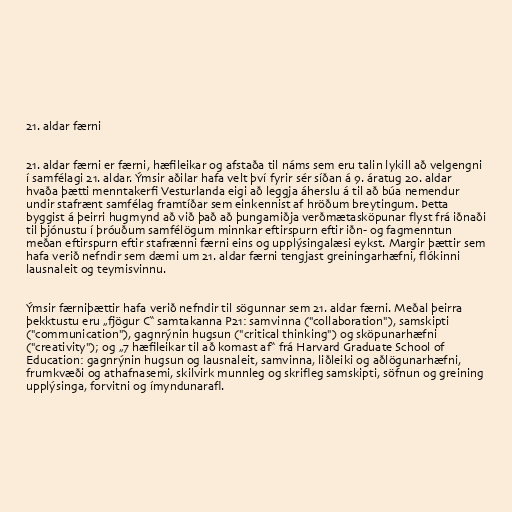
21. aldar færni

21. aldar færni er færni, hæfileikar og afstaða til náms sem eru talin lykill að velgengni
í samfélagi 21. aldar. Ýmsir aðilar hafa velt því fyrir sér síðan á 9. áratug 20. aldar
hvaða þætti menntakerfi Vesturlanda eigi að leggja áherslu á til að búa nemendur
undir stafrænt samfélag framtíðar sem einkennist af hröðum breytingum. Þetta
byggist á þeirri hugmynd að við það að þungamiðja verðmætasköpunar flyst frá iðnaði
til þjónustu í þróuðum samfélögum minnkar eftirspurn eftir iðn- og fagmenntun
meðan eftirspurn eftir stafrænni færni eins og upplýsingalæsi eykst. Margir þættir sem
hafa verið nefndir sem dæmi um 21. aldar færni tengjast greiningarhæfni, flókinni
lausnaleit og teymisvinnu.

Ýmsir færniþættir hafa verið nefndir til sögunnar sem 21. aldar færni. Meðal þeirra
þekktustu eru „fjögur C“ samtakanna P21: samvinna ("collaboration"), samskipti
("communication"), gagnrýnin hugsun ("critical thinking") og sköpunarhæfni
("creativity"); og „7 hæfileikar til að komast af“ frá Harvard Graduate School of
Education: gagnrýnin hugsun og lausnaleit, samvinna, liðleiki og aðlögunarhæfni,
frumkvæði og athafnasemi, skilvirk munnleg og skrifleg samskipti, söfnun og greining
upplýsinga, forvitni og ímyndunarafl.